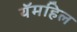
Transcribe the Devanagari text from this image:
यॅमहिल